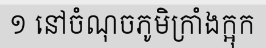
១ នៅចំណុចភូមិក្រាំងក្អុក